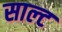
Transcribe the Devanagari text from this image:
साल्‍ट